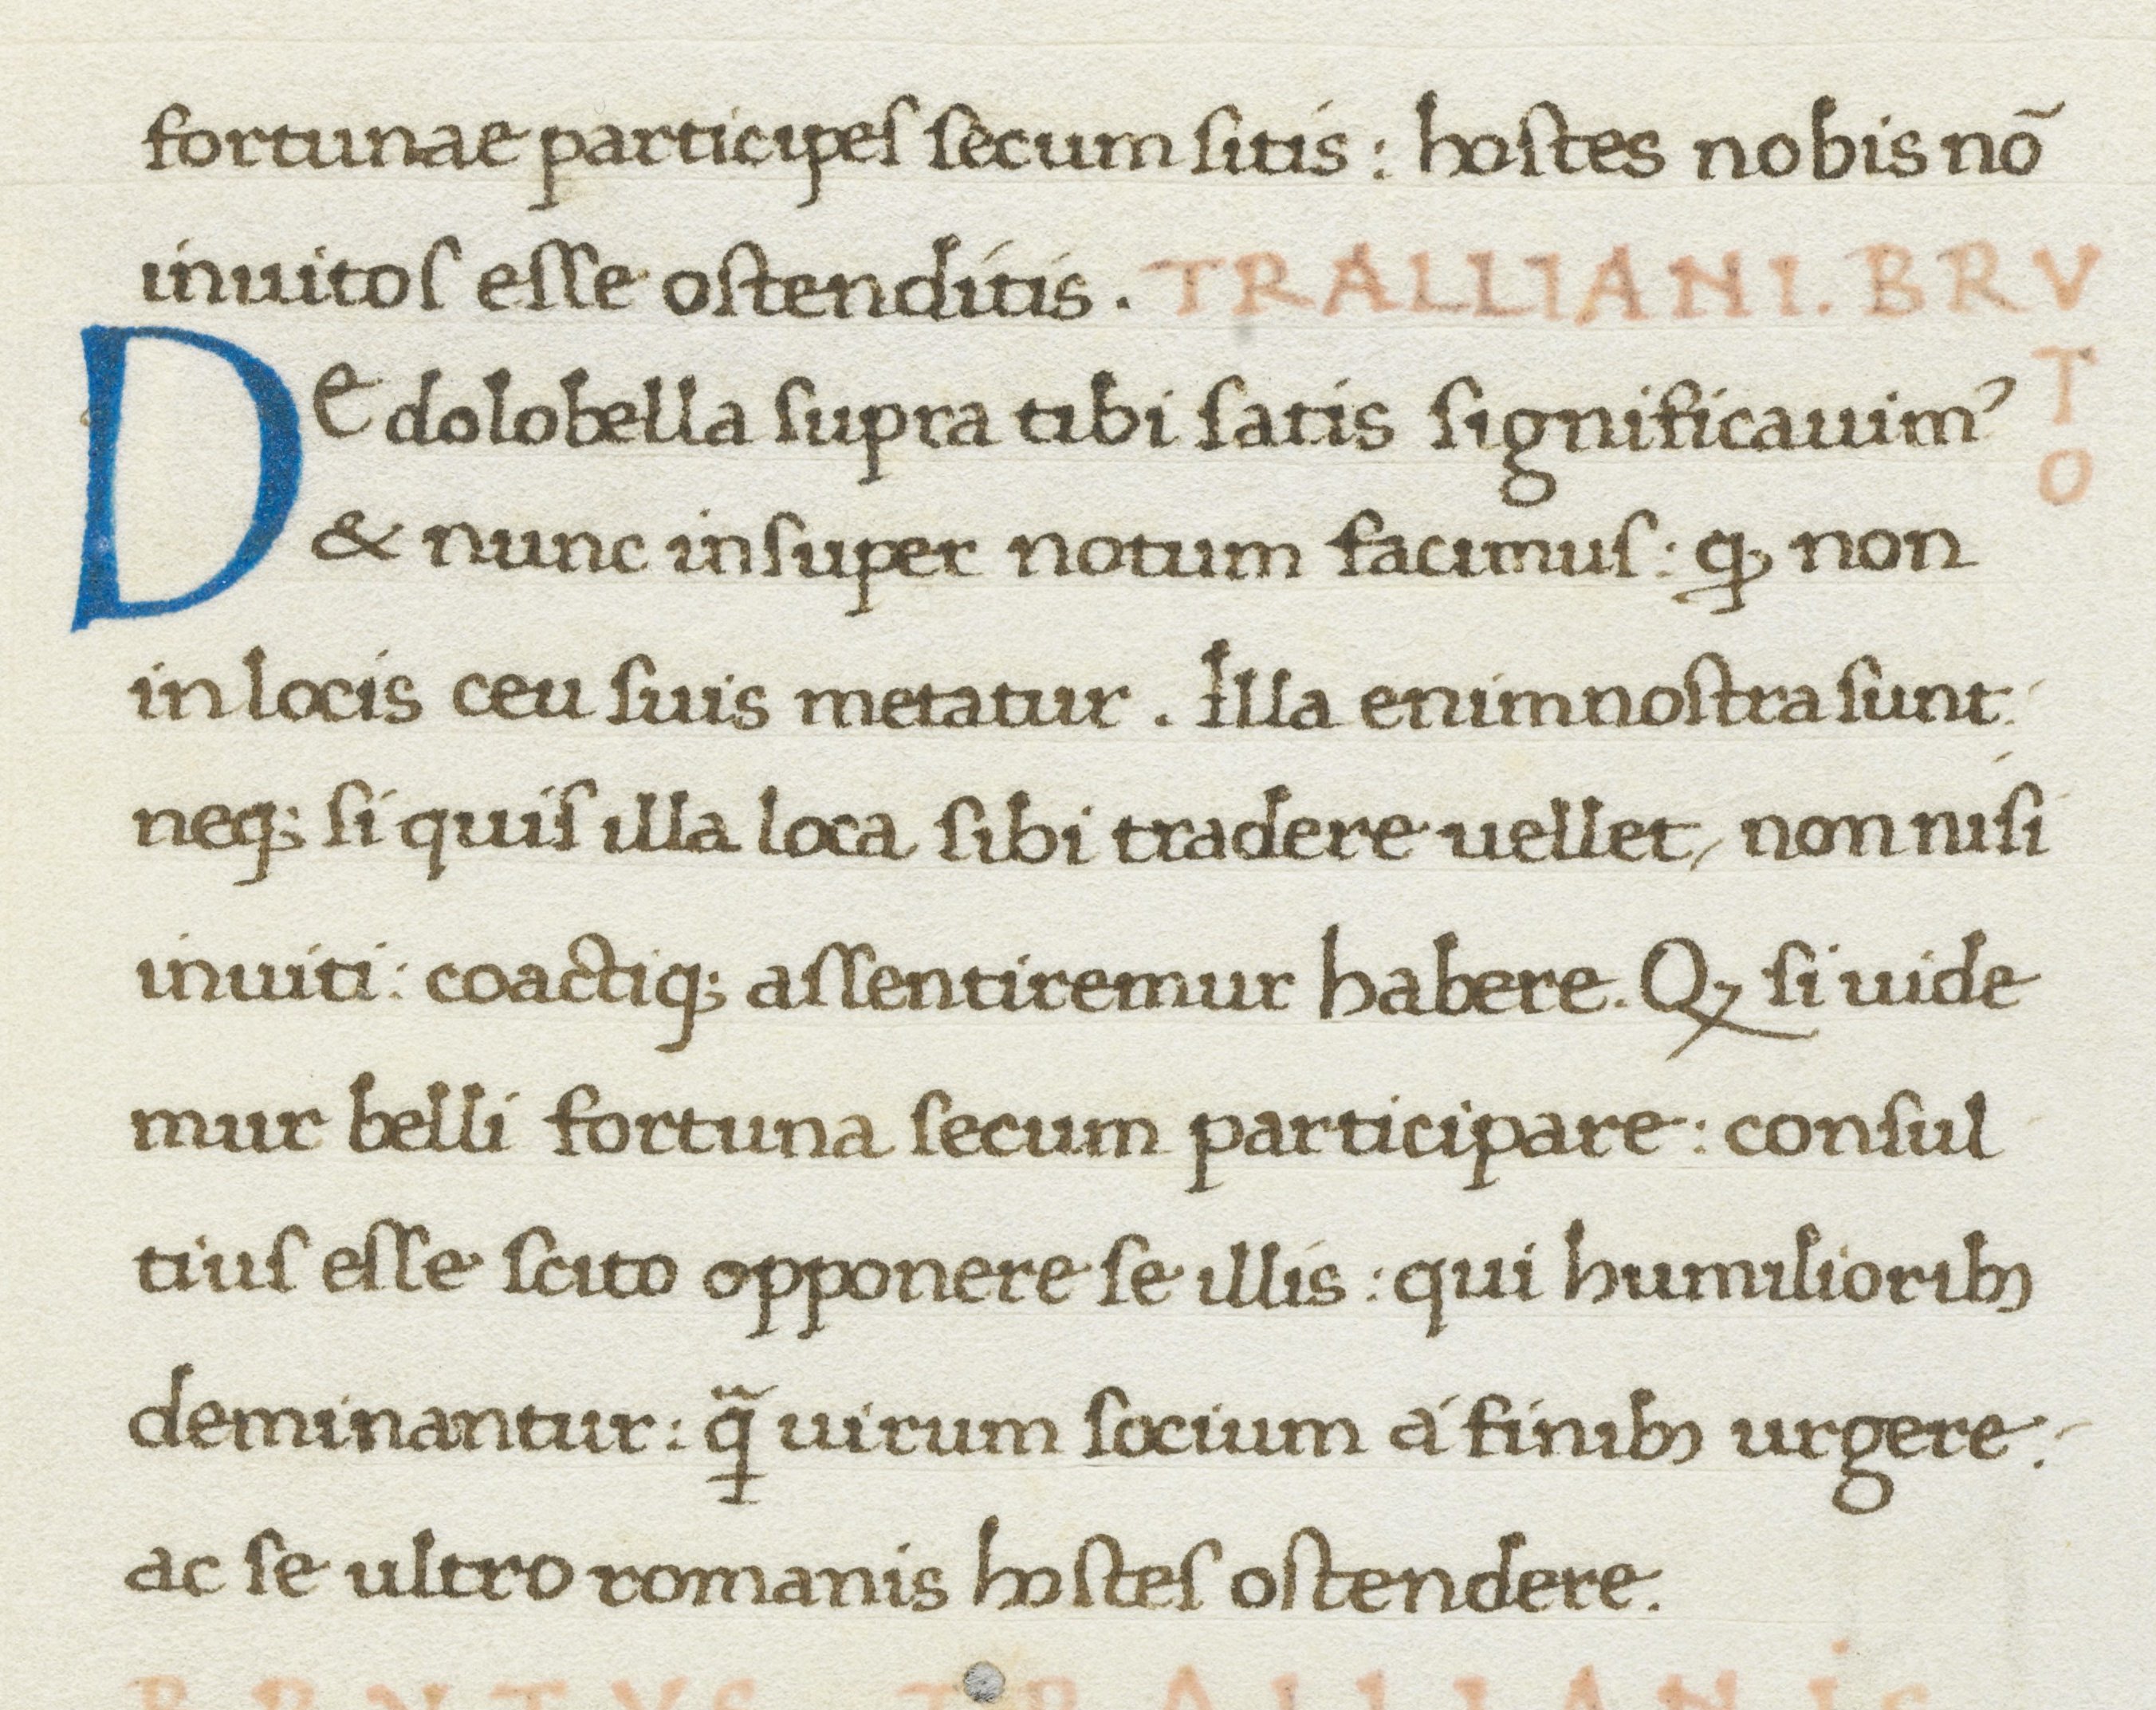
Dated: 1467–1468